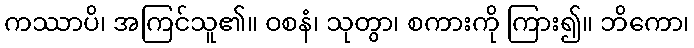
ကဿာပိ၊ အကြင်သူ၏။ ဝစနံ၊ သုတွာ၊ စကားကို ကြား၍။ ဘိကော၊